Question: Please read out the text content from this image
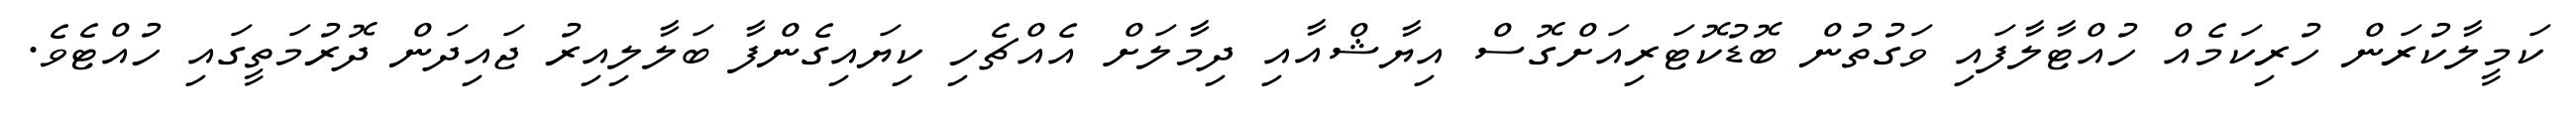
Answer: ކަމީލާކުރަން ހުރިކަމެއް ހުއްޓާލާފައި ވަގުތުން ބޮޑުކޮޓަރިއަށްގޮސް އިޔާޝްއާއި ދިމާލަށް އެއްޗެހި ކިޔައިގެންފާ ބަލާލިއިރު ޖައިދަން ދޮރުމަތީގައި ހުއްޓެވެ.